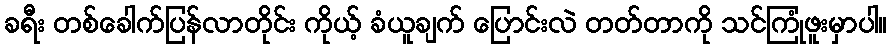
ခရီး တစ်ခေါက်ပြန်လာတိုင်း ကိုယ့် ခံယူချက် ပြောင်းလဲ တတ်တာကို သင်ကြုံဖူးမှာပါ။